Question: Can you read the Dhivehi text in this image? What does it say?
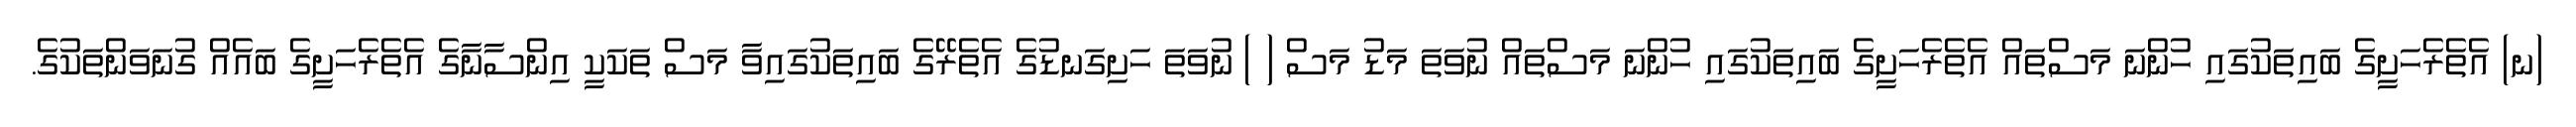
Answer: (ނ) އެތެރެހަށީގެ ބައިތަކުގައި ހުންނަ މަސްތައް އެތެރެހަށީގެ ބައިތަކުގައި ހުންނަ މަސްތައް ނުވަތަ މަޑު މަސް ( ) ނުވަތަ ހަށިގަނޑުގެ އެތެރޭގެ ބައިތަކުގައިވާ މަސް ތަކަކީ އިންސާނާގެ އެތެރެހަށީގެ ބައެއް ގުނަވަންތަކުގެ.